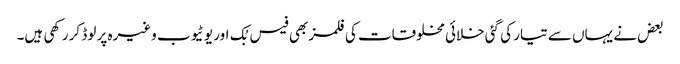
بعض نے یہاں سے تیار کی گئی خلائی مخلوقات کی فلمز بھی فیس بُک اور یو ٹیوب وغیرہ پر لوڈ کر رکھی ہیں۔